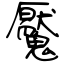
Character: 魘